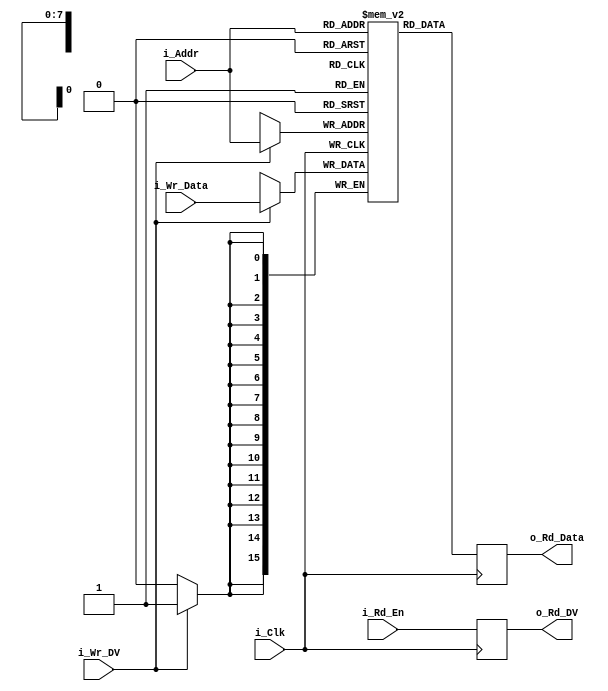
// Russell Merrick - http://www.nandland.com
//
// Creates a Single Port RAM. (Random Access Memory)
// Single port RAM has one port, so can only access one memory location at a time.
// Dual port RAM can read and write to different memory locations at the same time.
//
// WIDTH sets the width of the Memory created.
// DEPTH sets the depth of the Memory created.
// Likely tools will infer Block RAM if WIDTH/DEPTH is large enough.
// If small, tools will infer register-based memory.

module RAM_1Port #(parameter WIDTH = 16, parameter DEPTH = 256) (
  input                     i_Clk,
  // Shared address for writes and reads
  input [$clog2(DEPTH)-1:0] i_Addr,
  // Write Interface
  input                     i_Wr_DV,
  input [WIDTH-1:0]         i_Wr_Data,
  // Read Interface
  input                     i_Rd_En,
  output reg                o_Rd_DV,
  output reg [WIDTH-1:0]    o_Rd_Data
  );
  
  reg [WIDTH-1:0] r_Mem [DEPTH-1:0];

  always @(posedge i_Clk)
  begin
    // Handle writes to memory
    if (i_Wr_DV)
    begin
      r_Mem[i_Addr] <= i_Wr_Data;
    end

    // Handle reads from memory
    o_Rd_Data <= r_Mem[i_Addr];
    o_Rd_DV   <= i_Rd_En; // Generate DV pulse
  end

endmodule